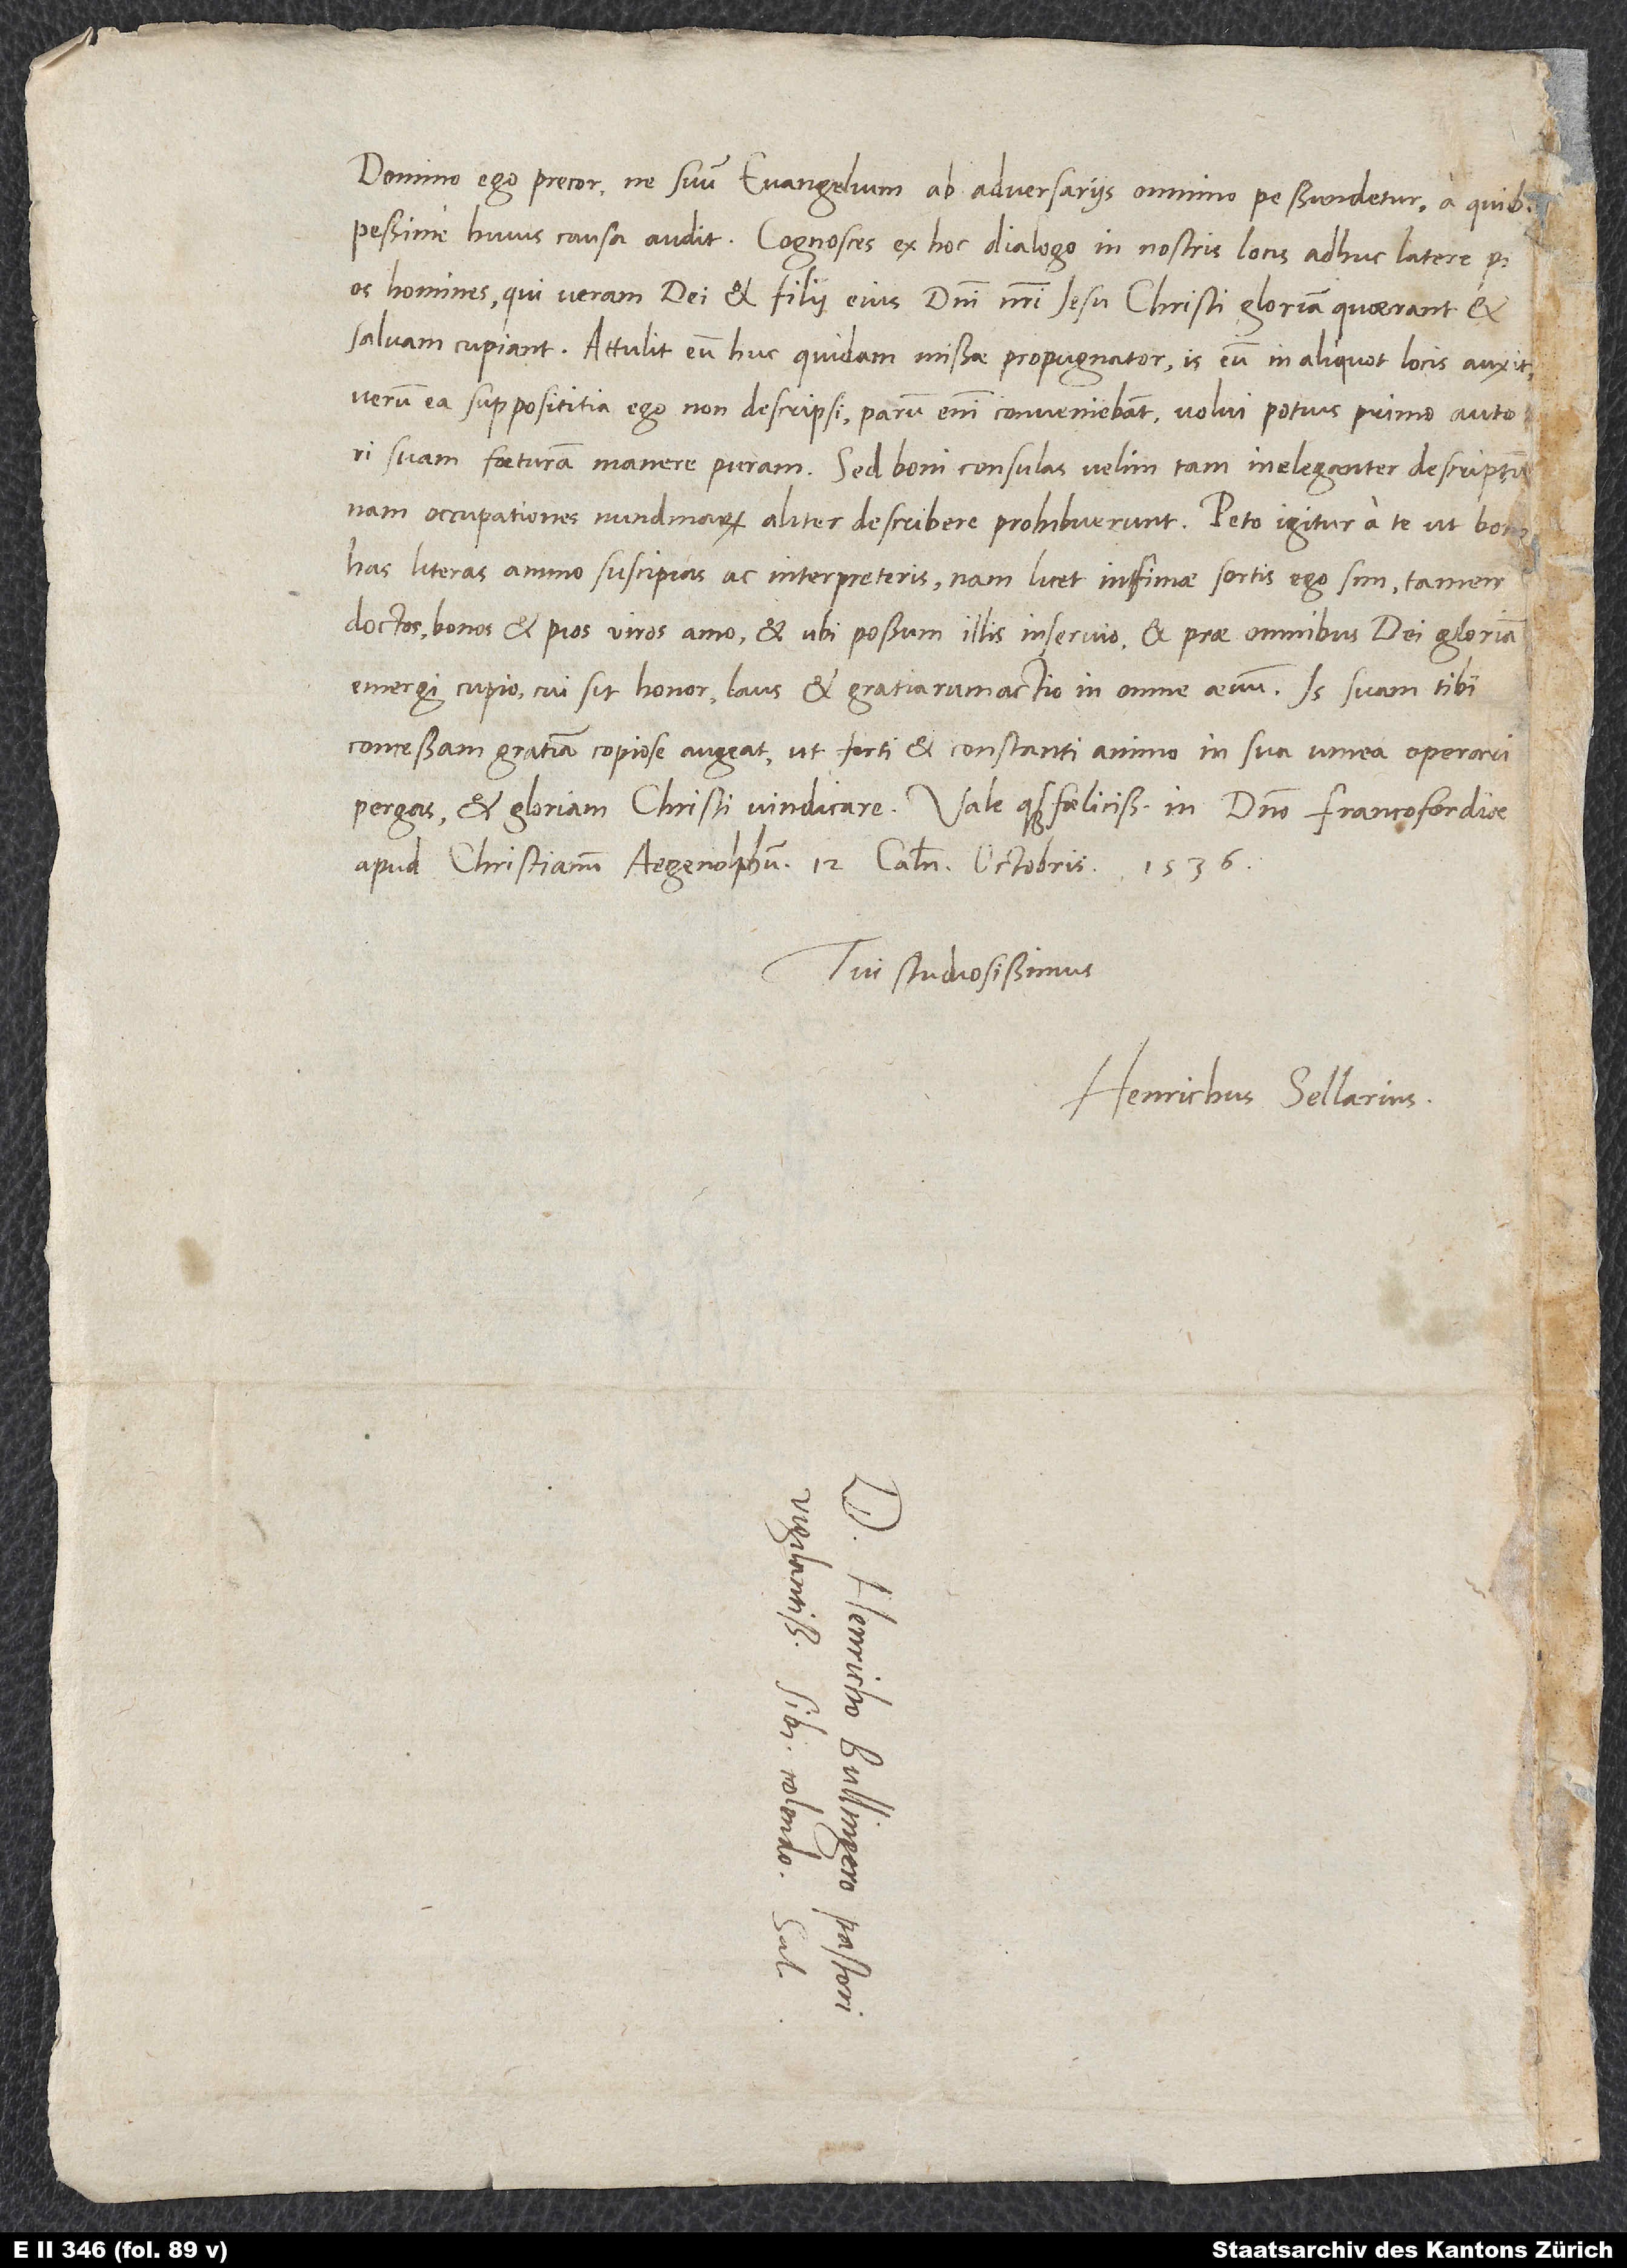
domino ego precor, ne suum evangelium ab adversariis omnino pessundetur, a quibus
pessime huius causa audit. Cognosces ex hoc dialogo in nostris locis adhuc latere pios
homines, qui veram dei et fui eius domini nostri Iesu Christi gloriam quaerant et
salvam cupiant. Attulit eum huc quidam missae propugnator. Is eum in aliquot locis auxit,
verum ea supposititia ego non descripsi; parum enim conveniebant.Volui potius primo autori
suam faeturam manere puram. Sed boni consulas, velim, tam ineleganter descriptum;
nam occupationes nundinarum aliter describere prohibuerunt. Peto igitur a te, ut bono
has literas animo suscipias ac interpretens. Nam licet infimae sortis ego sim, tamen
doctos, bonos et pios viros amo et, ubi possum, illis inservio et prae omnibus dei gloriam
emergi cupio, cui sit honor, laus et gratiarumactio in omne aevum. Is suam tibi
concessam gratiam copiose augeat, ut forti et constanti animo in sua vinea operari
apud Christianum Aegenolphum, 12. calendas octobris 1536.
Tui studiosissimus
Henrichus Sellarius.